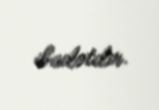
ibadətdir.